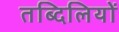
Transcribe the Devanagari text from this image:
तब्दिलियों